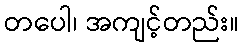
တပေါ၊ အကျင့်တည်း။